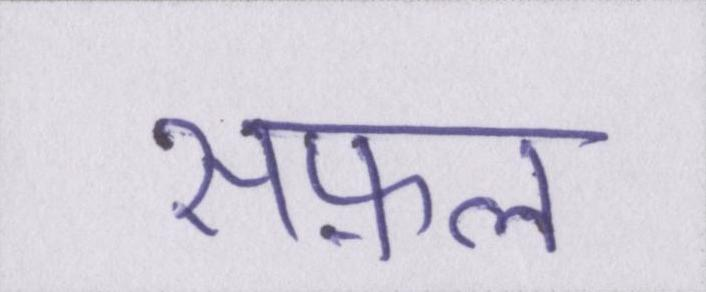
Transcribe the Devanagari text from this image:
सफ़ल